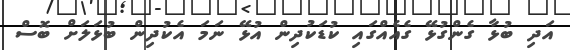
އަދި ބުޅާ ގެންގުޅޭ ގެއެއްގައި ކުޑަކުދިން އުޅޭ ނަމަ އެކުދިން ބުޅަލަށް ބޮސް